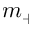
m _ { + }